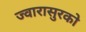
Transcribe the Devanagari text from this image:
ज्वारासुरकाे